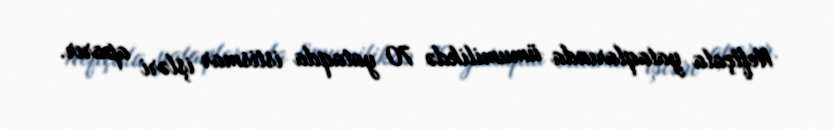
Neftçala yataqlarında ümumilikdə 70 yataqda istismar işləri aparır.